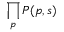
\prod _ { p } P ( p , s )